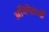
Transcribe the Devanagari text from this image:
अभिनेताओँ